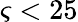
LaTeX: \varsigma<25